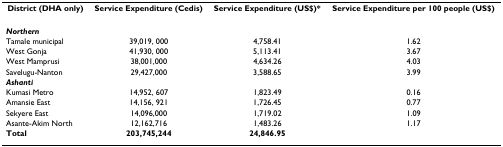
| District (DHA only) | Service Expenditure (Cedis) | Service Expenditure (US$)* | Service Expenditure per 100 people (US$) |
 | --- | --- | --- | --- |
 | Northern |  |  |  |
 | Tamale municipal | 39,019, 000 | 4,758.41 | 1.62 |
 | West Gonja | 41,930, 000 | 5,113.41 | 3.67 |
 | West Mamprusi | 38,001,000 | 4,634.26 | 4.03 |
 | Savelugu-Nanton | 29,427,000 | 3,588.65 | 3.99 |
 | Ashanti |  |  |  |
 | Kumasi Metro | 14,952, 607 | 1,823.49 | 0.16 |
 | Amansie East | 14,156, 921 | 1,726.45 | 0.77 |
 | Sekyere East | 14,096,000 | 1,719.02 | 1.09 |
 | Asante-Akim North | 12,162,716 | 1,483.26 | 1.17 |
 | Total | 203,745,244 | 24,846.95 |  |